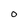
Character: O